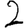
Digit: 2